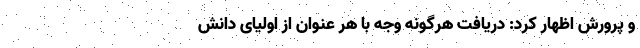
‌و پرورش اظهار کرد: دریافت هرگونه وجه با هر عنوان از اولیای دانش